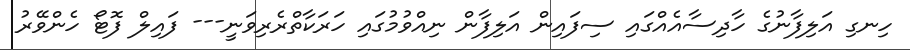
ހިނގި އަލިފާނުގެ ހާދިސާއެއްގައި ސިފައިން އަލިފާން ނިއްވުމުގައި ހަރަކާތްރެރިވަނީ--- ފައިލް ފޮޓޯ ހެންވޭރު